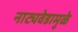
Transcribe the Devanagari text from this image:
नाट्यवेडामुळे